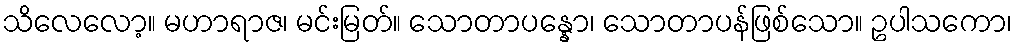
သိလေလော့။ မဟာရာဇ၊ မင်းမြတ်။ သောတာပန္နော၊ သောတာပန်ဖြစ်သော။ ဥပါသကော၊